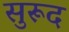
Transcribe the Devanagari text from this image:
सुरूद